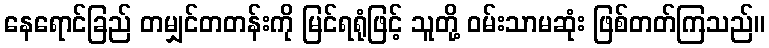
နေရောင်ခြည် တမျှင်တတန်းကို မြင်ရရုံဖြင့် သူတို့ ဝမ်းသာမဆုံး ဖြစ်တတ်ကြသည်။